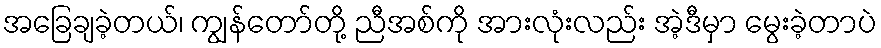
အခြေချခဲ့တယ်၊ ကျွန်တော်တို့ ညီအစ်ကို အားလုံးလည်း အဲ့ဒီမှာ မွေးခဲ့တာပဲ